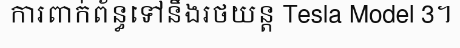
ការពាក់ព័ន្ធទៅនឹងរថយន្ត Tesla Model 3។